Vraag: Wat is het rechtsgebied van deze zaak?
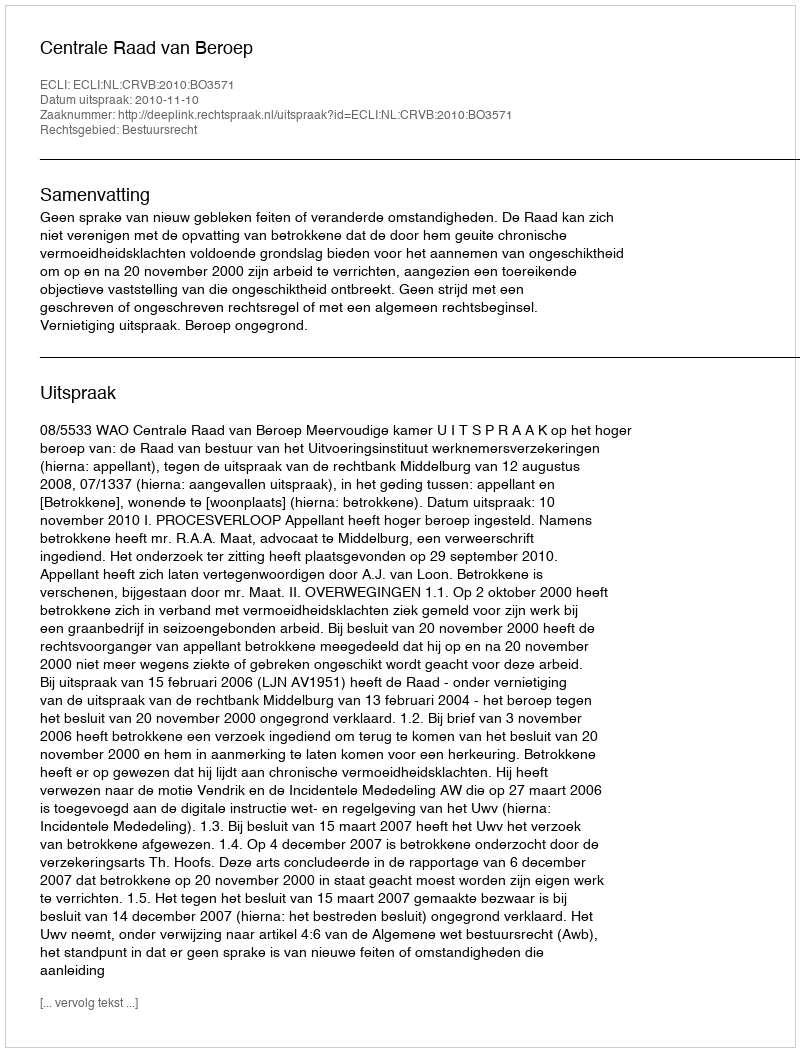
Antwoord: Bestuursrecht